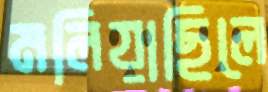
মলিয়াছিলে